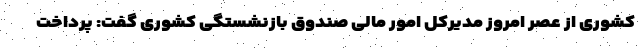
کشوری از عصر امروز مدیرکل امور مالی صندوق بازنشستگی کشوری گفت: پرداخت